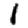
Digit: 1